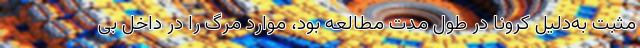
مثبت به‌دلیل کرونا در طول مدت مطالعه بود، موارد مرگ را در داخل بی